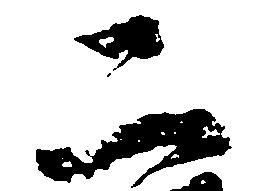
二